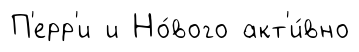
П'ерр'и и Но́вого акт'и́вно